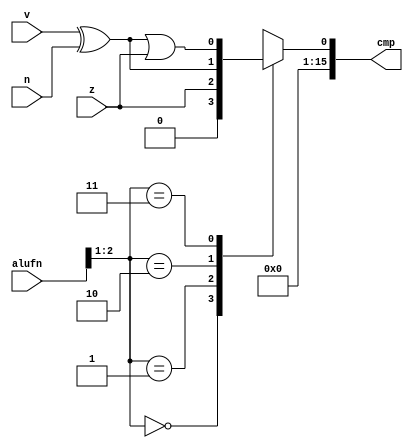
/*
   This file was generated automatically by Alchitry Labs version 1.2.1.
   Do not edit this file directly. Instead edit the original Lucid source.
   This is a temporary file and any changes made to it will be destroyed.
*/

module comparator_21 (
    input [5:0] alufn,
    input z,
    input v,
    input n,
    output reg [15:0] cmp
  );
  
  
  
  reg vxorn;
  
  reg vxorn_orz;
  
  always @* begin
    cmp[1+14-:15] = 15'h0000;
    vxorn = v ^ n;
    vxorn_orz = vxorn | z;
    
    case (alufn[1+1-:2])
      2'h0: begin
        cmp[0+0-:1] = 1'h0;
      end
      2'h1: begin
        cmp[0+0-:1] = z;
      end
      2'h2: begin
        cmp[0+0-:1] = vxorn;
      end
      2'h3: begin
        cmp[0+0-:1] = vxorn_orz;
      end
      default: begin
        cmp[0+0-:1] = 1'h0;
      end
    endcase
  end
endmodule